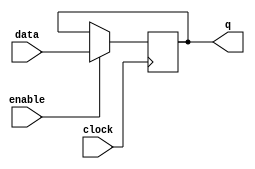
module latch (
    input enable,
    input clock,
    input data,
    output reg q
);

always @ (posedge clock) begin
    if (enable) begin
        q <= data;
    end
end

endmodule